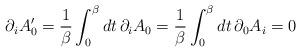
LaTeX: \begin{align*}\partial_{i}A'_{0} = {1\over \beta}\int_{0}^{\beta}dt\,\partial_{i}A_{0} = {1\over \beta} \int_{0}^{\beta}dt\,\partial_{0}A_{i} = 0\end{align*}